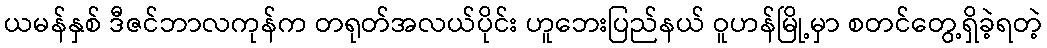
ယမန်နှစ် ဒီဇင်ဘာလကုန်က တရုတ်အလယ်ပိုင်း ဟူဘေးပြည်နယ် ဝူဟန်မြို့မှာ စတင်တွေ့ရှိခဲ့ရတဲ့